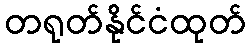
တရုတ်နိုင်ငံထုတ်